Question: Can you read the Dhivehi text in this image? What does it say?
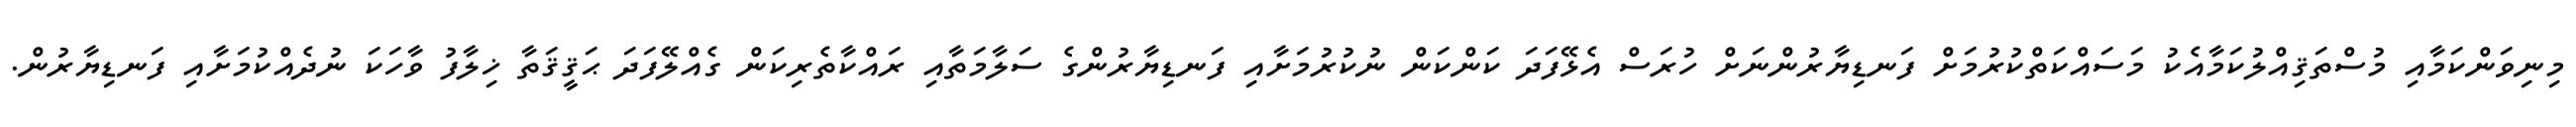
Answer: މިނިވަންކަމާއި މުސްތަޤިއްލުކަމާއެކު މަސައްކަތްކުރުމަށް ފަނޑިޔާރުންނަށް ހުރަސް އެޅޭފަދަ ކަންކަން ނުކުރުމަށާއި ފަނޑިޔާރުންގެ ސަލާމަތާއި ރައްކާތެރިކަން ގެއްލޭފަދަ ޙަޤީޤަތާ ޚިލާފު ވާހަކަ ނުދެއްކުމަށާއި ފަނޑިޔާރުން.